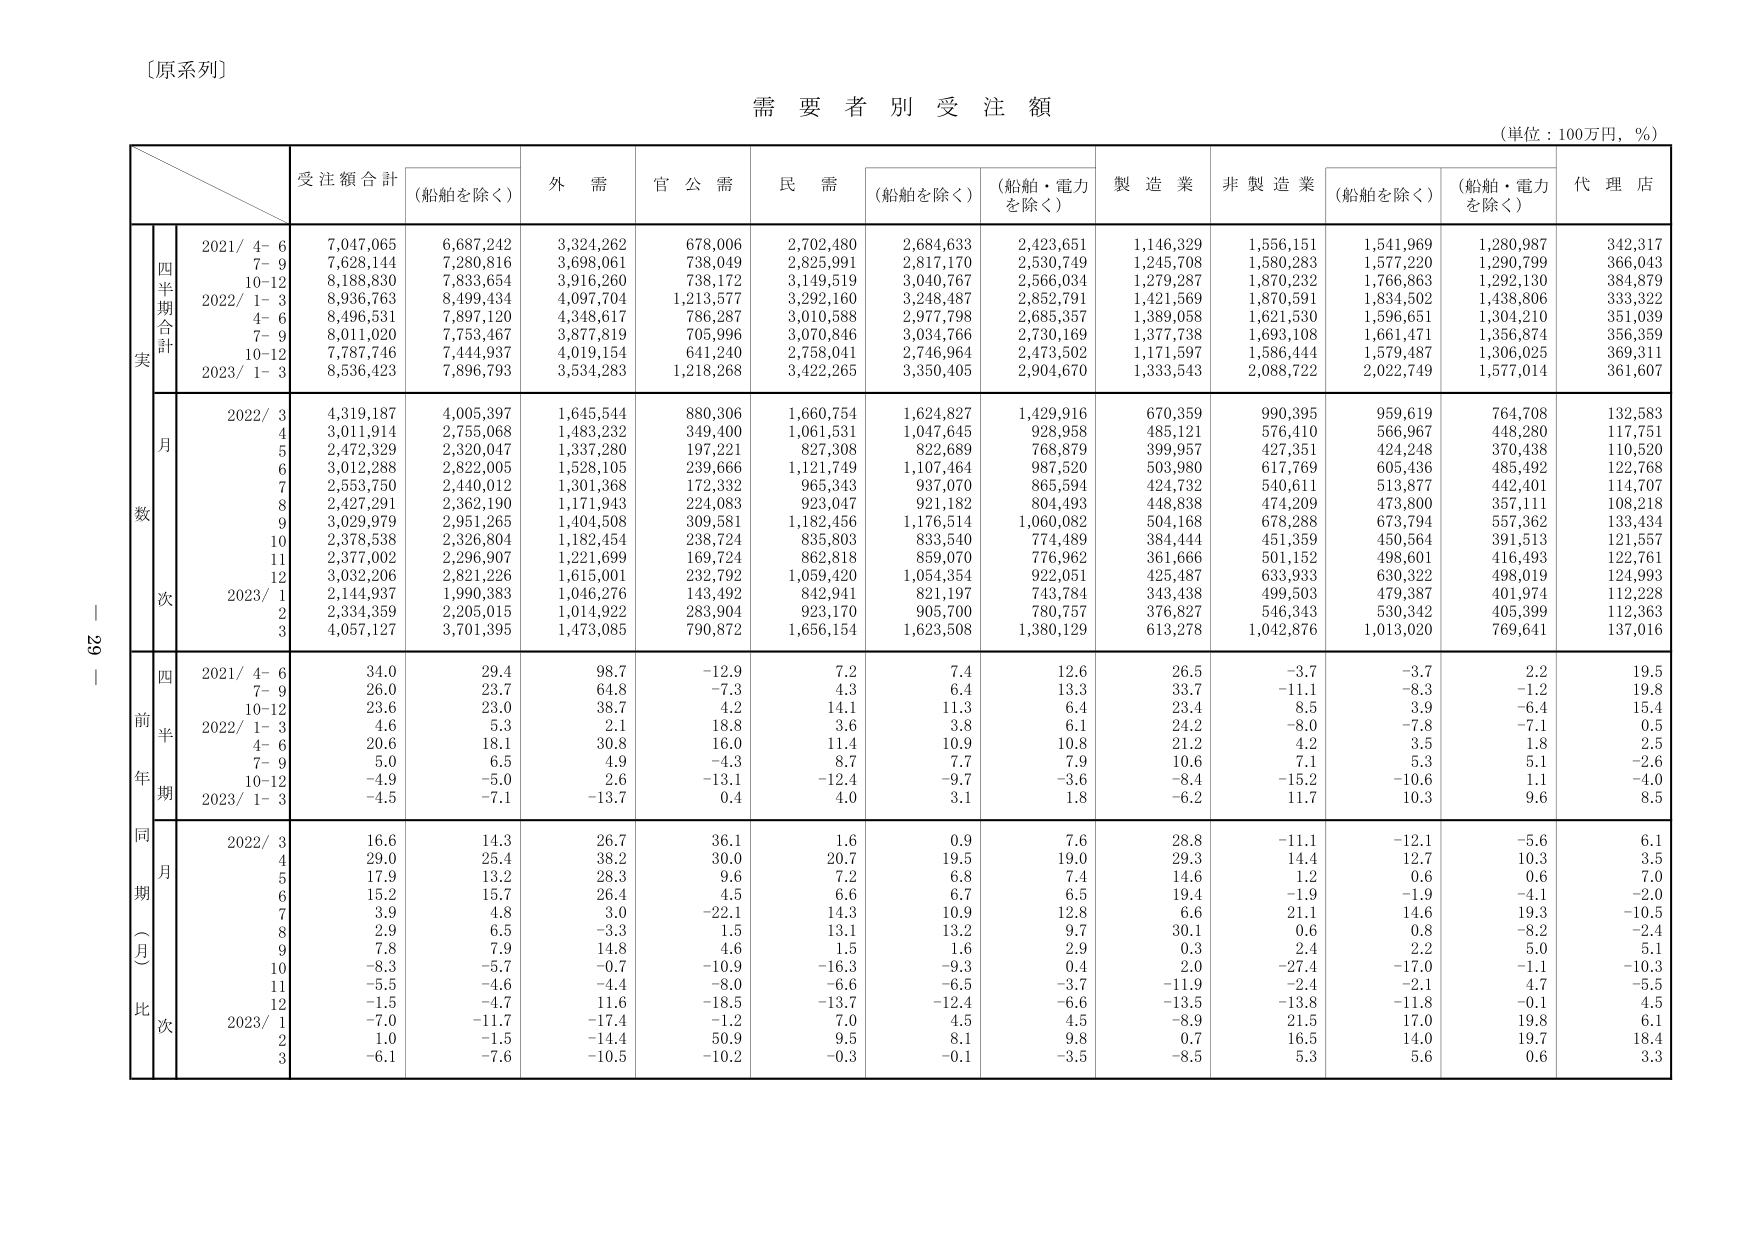
〔原系列〕

需要者別受注額
（単位：100万円，％）

受注額合計
（船舶を除く）
外需
官公需
民需
（船舶を除く）
（船舶・電力を除く）
製造業
非製造業
（船舶を除く）
（船舶・電力を除く）
代理店

四半期合計
実
2021/ 4-6
7,047,065
6,687,242
3,324,262
678,006
2,702,480
2,684,633
2,423,651
1,146,329
1,556,151
1,541,969
1,280,987
342,317
7-9
7,628,144
7,280,816
3,698,061
738,049
2,825,991
2,817,170
2,530,749
1,245,708
1,580,283
1,577,220
1,290,799
366,043
10-12
8,188,830
7,833,654
3,916,260
738,172
3,149,519
3,040,767
2,566,034
1,279,287
1,870,232
1,766,863
1,292,130
384,879
2022/ 1-3
8,936,763
8,499,434
4,097,704
1,213,577
3,292,160
3,248,487
2,852,791
1,421,569
1,870,591
1,834,502
1,438,806
333,322
4-6
8,496,531
7,897,120
4,348,617
786,287
3,010,588
2,977,798
2,685,357
1,389,058
1,621,530
1,596,651
1,304,210
351,039
7-9
8,011,020
7,753,467
3,877,819
705,996
3,070,846
3,034,766
2,730,169
1,377,738
1,693,108
1,661,471
1,356,874
356,359
10-12
7,787,746
7,444,937
4,019,154
641,240
2,758,041
2,746,964
2,473,502
1,171,597
1,586,444
1,579,487
1,306,025
369,311
2023/ 1-3
8,536,423
7,896,793
3,534,283
1,218,268
3,422,265
3,350,405
2,904,670
1,333,543
2,088,722
2,022,749
1,577,014
361,607

月数
2022/ 3
4,319,187
4,005,397
1,645,544
880,306
1,660,754
1,624,827
1,429,916
670,359
990,395
959,619
764,708
132,583
4
3,011,914
2,755,068
1,483,232
349,400
1,061,531
1,047,645
928,958
485,121
576,410
566,967
448,280
117,751
5
2,472,329
2,320,047
1,337,280
197,221
827,308
822,689
768,879
399,957
427,351
424,248
370,438
110,520
6
3,012,288
2,822,005
1,528,105
239,666
1,121,749
1,107,464
987,520
503,980
617,769
605,436
485,492
122,768
7
2,553,750
2,440,012
1,301,368
172,332
965,343
937,070
865,594
424,732
540,611
513,877
442,401
114,707
8
2,427,291
2,362,190
1,171,943
224,083
923,047
921,182
804,493
448,838
474,209
473,800
357,111
108,218
9
3,029,979
2,951,265
1,404,508
309,581
1,182,456
1,176,514
1,060,082
504,168
678,288
673,794
557,362
133,434
10
2,378,538
2,326,804
1,182,454
238,724
835,803
833,540
774,489
384,444
451,359
450,564
391,513
121,557
11
2,377,002
2,296,907
1,221,699
169,724
862,818
859,070
776,962
361,666
501,152
498,601
416,493
122,761
12
3,032,206
2,821,226
1,615,001
232,792
1,059,420
1,054,354
922,051
425,487
633,933
630,322
498,019
124,993
2023/ 1
2,144,937
1,990,383
1,046,276
143,492
842,941
821,197
743,784
343,438
499,503
479,387
401,974
112,228
2
2,334,359
2,205,015
1,014,922
283,904
923,170
905,700
780,757
376,827
546,343
530,342
405,399
112,363
3
4,057,127
3,701,395
1,473,085
790,872
1,656,154
1,623,508
1,380,129
613,278
1,042,876
1,013,020
769,641
137,016

四半期
前年比
2021/ 4-6
34.0
29.4
98.7
-12.9
7.2
7.4
12.6
26.5
-3.7
-3.7
2.2
19.5
7-9
26.0
23.7
64.8
-7.3
4.3
6.4
13.3
33.7
-11.1
-8.3
-1.2
19.8
10-12
23.6
23.0
38.7
4.2
14.1
11.3
6.4
23.4
8.5
3.9
-6.4
15.4
2022/ 1-3
4.6
5.3
2.1
18.8
3.6
3.8
6.1
24.2
-8.0
-7.8
-7.1
0.5
4-6
20.6
18.1
30.8
16.0
11.4
10.9
10.8
21.2
4.2
3.5
1.8
2.5
7-9
5.0
6.5
4.9
-4.3
8.7
7.7
7.9
10.6
7.1
5.3
5.1
-2.6
10-12
-4.9
-5.0
2.6
-13.1
-12.4
-9.7
-3.6
-8.4
-15.2
-10.6
1.1
-4.0
2023/ 1-3
-4.5
-7.1
-13.7
0.4
4.0
3.1
1.8
-6.2
11.7
10.3
9.6
8.5

同期（月）比
2022/ 3
16.6
14.3
26.7
36.1
1.6
0.9
7.6
28.8
-11.1
-12.1
-5.6
6.1
4
29.0
25.4
38.2
30.0
20.7
19.5
19.0
29.3
14.4
12.7
10.3
3.5
5
17.9
13.2
28.3
9.6
7.2
6.8
7.4
14.6
1.2
0.6
0.6
7.0
6
15.2
15.7
26.4
4.5
6.6
6.7
6.5
19.4
-1.9
-1.9
-4.1
-2.0
7
3.9
4.8
3.0
-22.1
14.3
10.9
12.8
6.6
21.1
14.6
19.3
-10.5
8
2.9
6.5
-3.3
1.5
13.1
13.2
9.7
30.1
0.6
0.8
-8.2
-2.4
9
7.8
7.9
14.8
4.6
1.5
1.6
2.9
0.3
2.4
2.2
5.0
5.1
10
-8.3
-5.7
-0.7
-10.9
-16.3
-9.3
0.4
2.0
-27.4
-17.0
-1.1
-10.3
11
-5.5
-4.6
-4.4
-8.0
-6.6
-6.5
-3.7
-11.9
-2.4
-2.1
4.7
-5.5
12
-1.5
-4.7
11.6
-18.5
-13.7
-12.4
-6.6
-13.5
-13.8
-11.8
-0.1
4.5
2023/ 1
-7.0
-11.7
-17.4
-1.2
7.0
4.5
4.5
-8.9
21.5
17.0
19.8
6.1
2
1.0
-1.5
-14.4
50.9
9.5
8.1
9.8
0.7
16.5
14.0
19.7
18.4
3
-6.1
-7.6
-10.5
-10.2
-0.3
-0.1
-3.5
-8.5
5.3
5.6
0.6
3.3

29